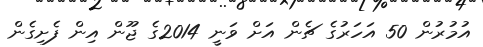
އުމުރުން 50 އަހަރުގެ ޗެން އަށް ވަނީ 2014ގެ ޖޫން އިން ފެށިގެން